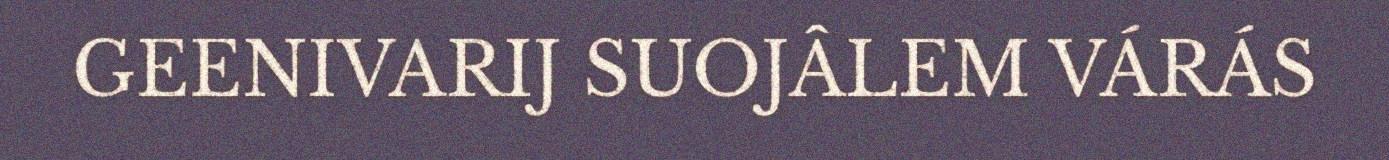
GEENIVARIJ SUOJÂLEM VÁRÁS